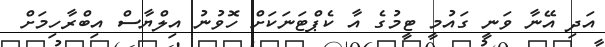
އަދި އޭނާ ވަނީ ގައުމީ ޓީމުގެ އާ ކެޕްޓަނަކަށް ހޮވުނު އިލްޔާސް އިބްރާހިމަށް